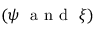
( \psi ~ \mathrm { ~ a ~ n ~ d ~ } ~ \xi )